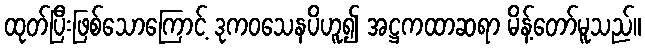
ထုတ်ပြီးဖြစ်သောကြောင့် ဒုကဝသေနပိဟူ၍ အဋ္ဌကထာဆရာ မိန့်တော်မူသည်။